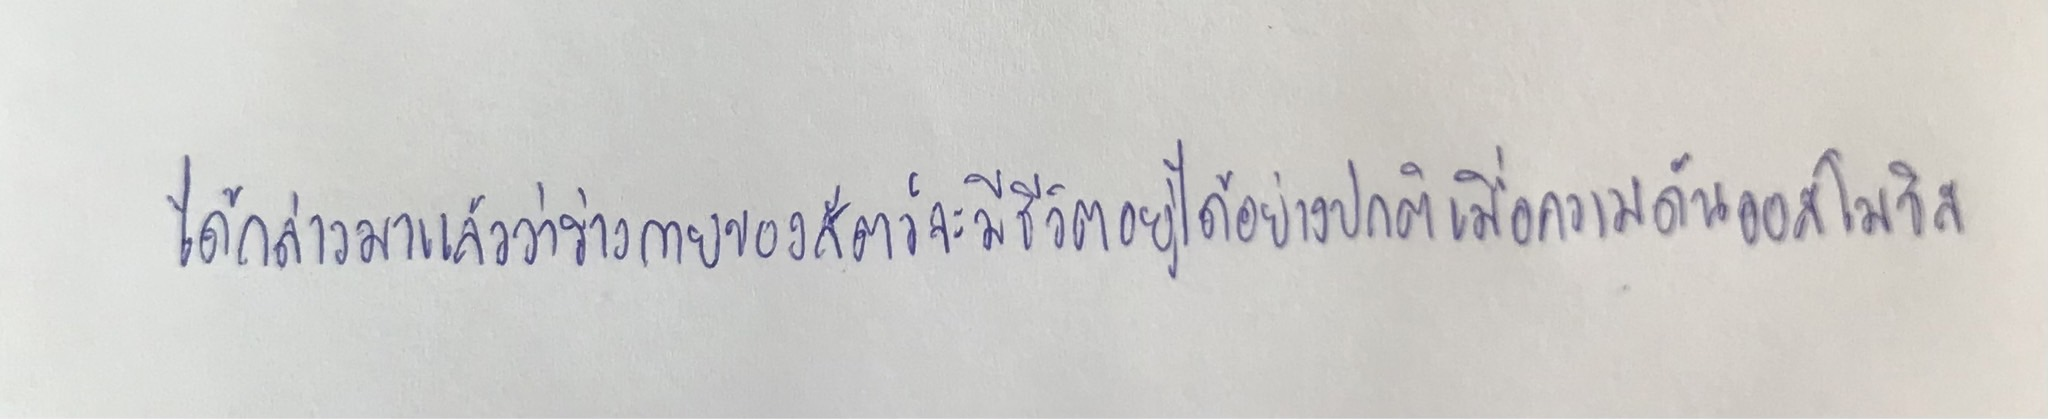
ได้กล่าวมาแล้วว่าร่างกายของสัตว์จะมีชีวิตอยู่ได้อย่างปกติเมื่อความดันออสโมซิส